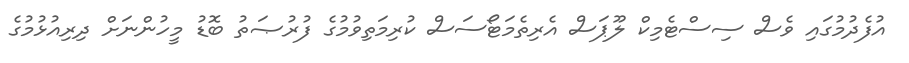
އުފެދުމުގައި ވެސް ސިސްޓެމިކް ލޫޕަސް އެރިތެމަޓޯސަސް ކުރިމަތިވުމުގެ ފުރުޞަތު ބޮޑު މީހުންނަށް ދިރިއުޅުމުގެ